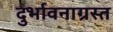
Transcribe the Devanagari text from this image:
दुर्भावनाग्रस्त